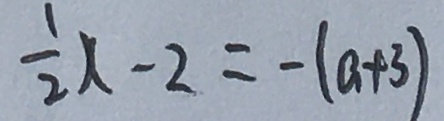
\frac { 1 } { 2 } x - 2 = - ( a + 3 )